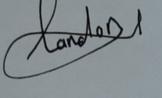
Signature authenticity: genuine